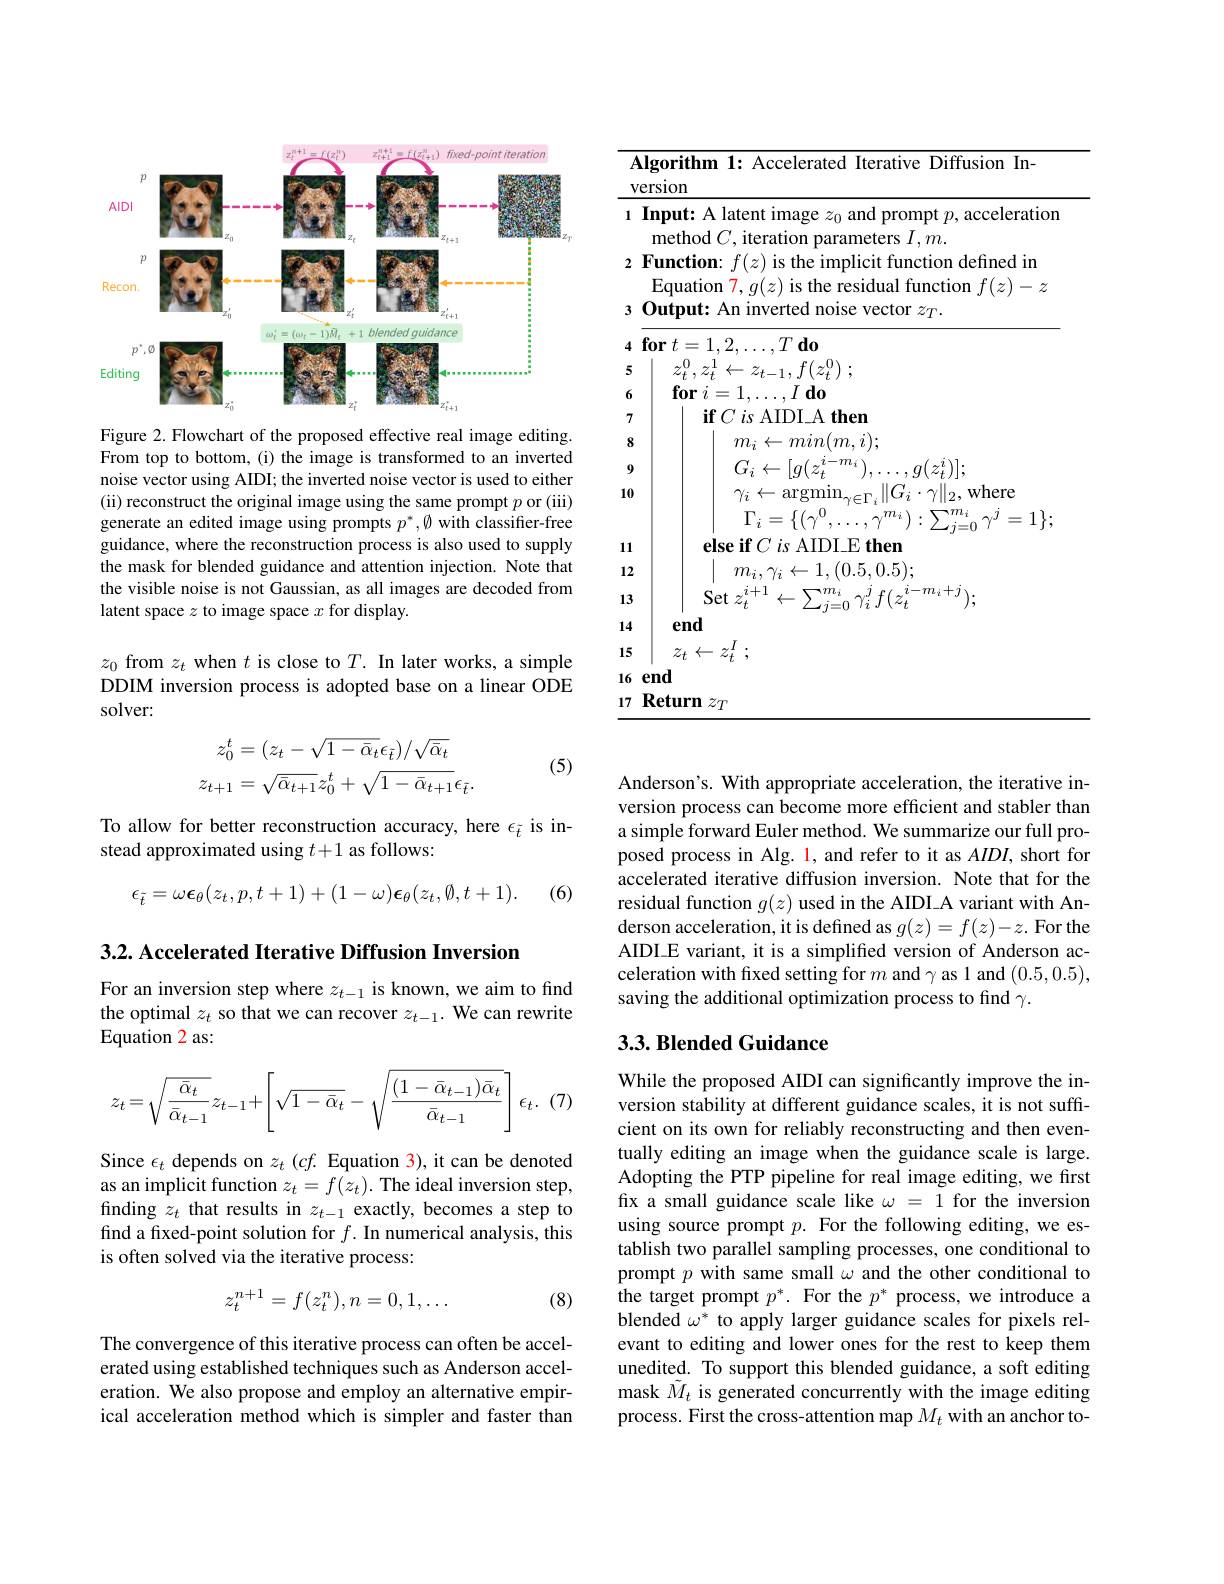
<FigureHere>

Figure 2. Flowchart of the proposed effective real image editing. From top to bottom,(i) the image is transformed to an inverted noise vector using AIDI; the inverted noise vector is used to either (ii) reconstruct the original image using the same prompt $p$ or (iii) generate an edited image using prompts $p^*,\emptyset$ with classifier-free guidance, where the reconstruction process is also used to supply the mask for blended guidance and attention injection. Note that the visible noise is not Gaussian, as all images are decoded from latent space $z$ to image space $x$ for display.

$z_0$ from $z_t$ when $t$ is close to $T.$ In later works, a simple DDIM inversion process is adopted base on a linear ODE solver:

(5)
$$\begin{aligned}z_0^t&=(z_t-\sqrt{1-\bar{\alpha}_t}\epsilon_{\tilde{t}})/\sqrt{\bar{\alpha}_t}\\z_{t+1}&=\sqrt{\bar{\alpha}_{t+1}}z_0^t+\sqrt{1-\bar{\alpha}_{t+1}}\epsilon_{\tilde{t}}.\end{aligned}$$
To allow for better reconstruction accuracy, here $\epsilon_{\tilde{t}}$ is in-
stead approximated using $t+1$ as follows:

(6)
$$\epsilon_{\tilde{t}}=\omega\boldsymbol{\epsilon}_{\theta}(z_{t},p,t+1)+(1-\omega)\boldsymbol{\epsilon}_{\theta}(z_{t},\emptyset,t+1).$$
3.2. Accelerated Iterative Diffusion Inversion

For an inversion step where $z_t-1$ is known, we aim to find the optimal $z_t$ so that we can recover $z_t-1.$ We can rewrite Equation 2 as:
$$z_t=\sqrt{\frac{\bar{\alpha}_t}{\bar{\alpha}_{t-1}}}z_{t-1}+\left[\sqrt{1-\bar{\alpha}_t}-\sqrt{\frac{(1-\bar{\alpha}_{t-1})\bar{\alpha}_t}{\bar{\alpha}_{t-1}}}\right]\epsilon_t.$$
Since $\epsilon_t$ depends on $z_t(cf.$ Equation 3), it can be denoted as an implicit function $z_t=f(z_t).$ The ideal inversion step, finding $z_t$ that results in $z_t-1$ exactly, becomes a step to find a fixed-point solution for $f.$ In numerical analysis, this is often solved via the iterative process:
$$z_t^{n+1}=f(z_t^n),n=0,1,\ldots $$
(8)

The convergence of this iterative process can often be accelerated using established techniques such as Anderson acceleration. We also propose and employ an alternative empirical acceleration method which is simpler and faster than

<table>
	<tbody>
		<tr>
			<td>1</td>
			<td>Algorithm 1: Accelerated Iterative Diffusion In- version</td>
		</tr>
		<tr>
			<td>1</td>
			<td>Input: A latent image $z_0$ and prompt $p$, acceleratior ${\mathrm{method}}C,{\mathrm{iteration~parameters~}}I,m.$</td>
		</tr>
		<tr>
			<td>2</td>
			<td>Function: $f(z)$ is the implicit function defined in Equation 7, $g( z)$ is the residual function $f(z)-z$</td>
		</tr>
		<tr>
			<td>3</td>
			<td>$\mathbf{llput}$ IM ${\textbf{e vector }z_{T}.}$</td>
		</tr>
		<tr>
			<td>4</td>
			<td>$\textbf{for}t= 1, 2, \ldots , T\textbf{do}$</td>
		</tr>
		<tr>
			<td>5</td>
			<td>2 $Z$ $z_{t-1}$, ${\mathcal Z}_{t}^{\mathrm{u}}$</td>
		</tr>
		<tr>
			<td>6</td>
			<td>$0r$ T $d0$</td>
		</tr>
		<tr>
			<td>7</td>
			<td>111 ${\mathrm{fC~is~Al}}$ hen</td>
		</tr>
		<tr>
			<td>0</td>
			<td> </td>
		</tr>
		<tr>
			<td>10</td>
			<td>$\gamma_{i}\leftarrow$ = $\operatorname{argmin}_{n}$ $1_{\gamma\in\Gamma,}\|G_{i}\cdot\gamma\|_{2}$,where</td>
		</tr>
		<tr>
			<td>111</td>
			<td>$\angle{J}=0$ $\textbf{else if}C\textit{is AIDI E then}$</td>
		</tr>
		<tr>
			<td>12</td>
			<td>$\leftarrow1,(0.5,0.5);$ $m_{i},\gamma_{i}$</td>
		</tr>
		<tr>
			<td>13</td>
			<td>$\operatorname{Set}z_{t}^{i}$ $i+1$ $\leftarrow\sum_{i=0}^{m_{i}}.$ $\gamma_{i}^{j}f(z_{t}^{i}$ $i-m_{i}+j$</td>
		</tr>
		<tr>
			<td>14</td>
			<td>end</td>
		</tr>
		<tr>
			<td>15</td>
			<td>$\angle$</td>
		</tr>
		<tr>
			<td>16</td>
			<td>end</td>
		</tr>
		<tr>
			<td>17</td>
			<td>$\mathbf{Return}$ $ZT$</td>
		</tr>
	</tbody>
</table>

Anderson's. With appropriate acceleration, the iterative inversion process can become more efficient and stabler than a simple forward Euler method. We summarize our full proposed process in Alg. 1, and refer to it as AIDI, short for accelerated iterative diffusion inversion. Note that for the residual function $g(z)$ used in the AIDI A variant with Anderson acceleration, it is defined as $g(z)=f(z)-z.$ For the AIDI\_E variant, it is a simplified version of Anderson acceleration with fixed setting for $m$ and $\gamma$ as 1 and (0.5,0.5), saving the additional optimization process to find $\gamma.$

## 3.3. Blended Guidance

While the proposed AIDI can significantly improve the inversion stability at different guidance scales, it is not sufficient on its own for reliably reconstructing and then eventually editing an image when the guidance scale is large. Adopting the PTP pipeline for real image editing, we first fix a small guidance scale like $\omega=1$ for the inversion using source prompt $p.$ For the following editing, we establish two parallel sampling processes, one conditional to prompt $p$ with same small $\omega$ and the other conditional to the target prompt $p^*.$ For the $p^*$ process, we introduce a blended $\omega^*$ to apply larger guidance scales for pixels relevant to editing and lower ones for the rest to keep them unedited. To support this blended guidance, a soft editing mask $\tilde{M}_t$ is generated concurrently with the image editing process. First the cross-attention map $M_t$ with an anchor to-